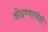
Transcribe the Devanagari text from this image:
ओढण्याचीही